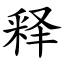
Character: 释